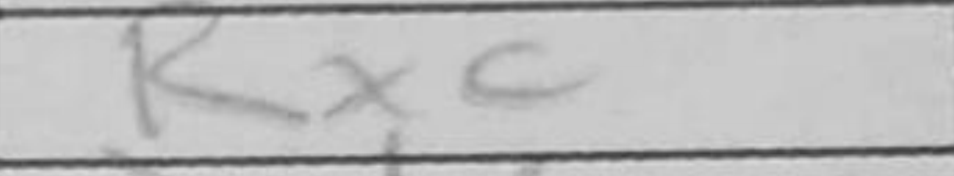
Transcription: Rxc